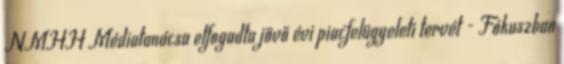
NMHH Médiatanácsa elfogadta jövő évi piacfelügyeleti tervét - Fókuszban